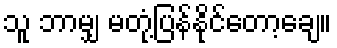
သူ ဘာမျှ မတုံ့ပြန်နိုင်တော့ချေ။